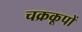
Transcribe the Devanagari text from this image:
चक्रकूपों